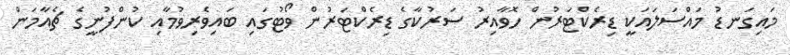
މައިގަނޑު މައްސަލައަކީ ޑިރެކްޓަރުން ހޮވާއިރު ސަރުކާގެ ޑިރެކްޓަރުން ވޯޓުގައި ބައިވެރިވުމާއި ކުންފުނީގެ ޗެއާމަން